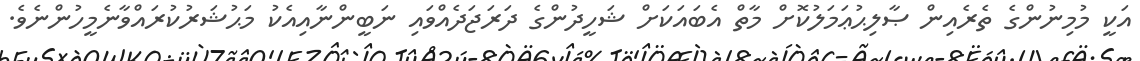
އަކީ މުމިނުންގެ ތެރެއިން ޞާލިޙުޢަމަލުކޮށް މާތް އެބައަކަށް ޝަހީދުންގެ ދަރަޖަދެއްވައި ނަބީންނާއިއެކު މަޙުޝަރުކުރައްވާނެމީހުންނެވެ.